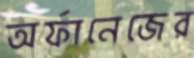
অর্ফানেজের